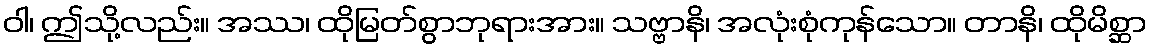
ဝါ၊ ဤသို့လည်း။ အဿ၊ ထိုမြတ်စွာဘုရားအား။ သဗ္ဗာနိ၊ အလုံးစုံကုန်သော။ တာနိ၊ ထိုမိစ္ဆာ